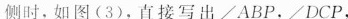
侧时，如图(3)，直接写出∠ABP，∠DCP，